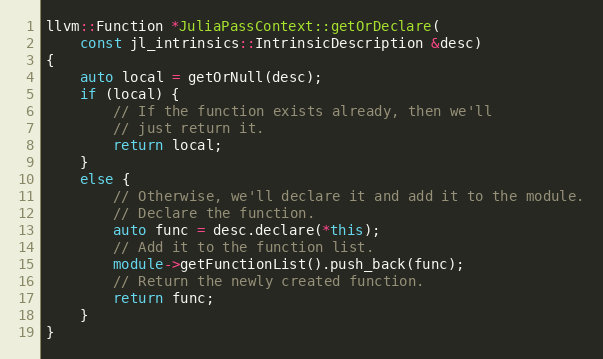
Language: C++
llvm::Function *JuliaPassContext::getOrDeclare(
    const jl_intrinsics::IntrinsicDescription &desc)
{
    auto local = getOrNull(desc);
    if (local) {
        // If the function exists already, then we'll
        // just return it.
        return local;
    }
    else {
        // Otherwise, we'll declare it and add it to the module.
        // Declare the function.
        auto func = desc.declare(*this);
        // Add it to the function list.
        module->getFunctionList().push_back(func);
        // Return the newly created function.
        return func;
    }
}